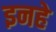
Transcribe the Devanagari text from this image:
इनहे